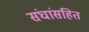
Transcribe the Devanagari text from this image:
संघांसहित